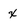
Character: x